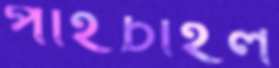
পাইচাইল